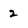
Character: 2